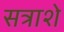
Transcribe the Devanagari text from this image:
सत्राशे